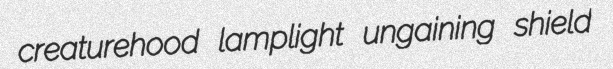
creaturehood lamplight ungaining shield